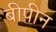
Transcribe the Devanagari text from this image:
बीपीन